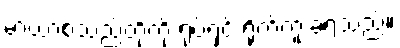
မာယာစသည်တို့ကို ရုပ်ရှင် ရိုက်ကူးခဲ့ရသည်။